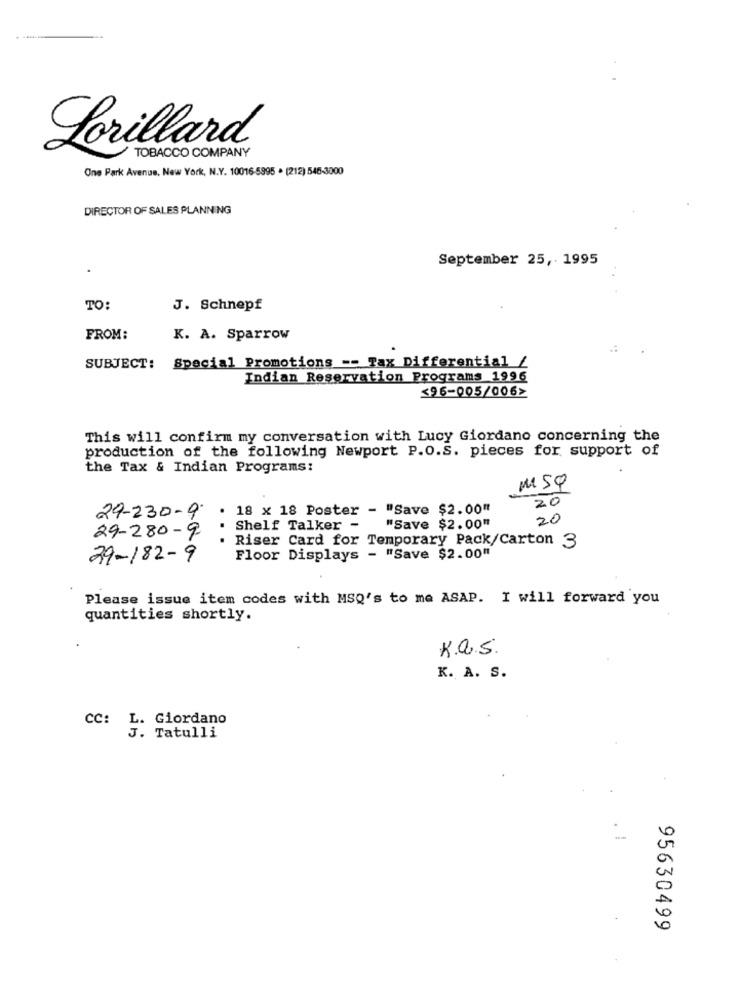
Lorillard
TOBACCO COMPANY
One Park Avenue, New York, N.Y. 10016-5995 . (212) 545-3000
DIRECTOR OF SALES PLANNING
September 25, 1995
TO:
J. Schnepf
FROM:
K. A. Sparrow
SUBJECT:
Special Promotions -- Tax Differential /
Indian Reservation Programs 1996
$96-005/006>
This will confirm my conversation with Lucy Giordano concerning the
production of the following Newport P.O.S. pieces for support of
the Tax & Indian Programs:
MSQ
20
29-230-9 . 18 x 18 Poster - "Save $2.00"
20
29-280-9 . Shelf Talker -
"Save $2.00"
. Riser Card for Temporary Pack/Carton 3
29-182-9
Floor Displays - "Save $2.00"
Please issue item codes with MSQ's to me ASAP. I will forward you
quantities shortly.
K.a.S
K. A. S.
CC: L. Giordano
3. Tatulli
0
0
95630499